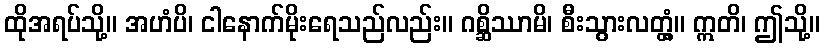
ထိုအရပ်သို့။ အဟံပိ၊ ငါနောက်မိုးရေသည်လည်း။ ဂစ္ဆိဿာမိ၊ စီးသွားလတ္တံ့။ ဣတိ၊ ဤသို့။